Annual report on the health of the army in India
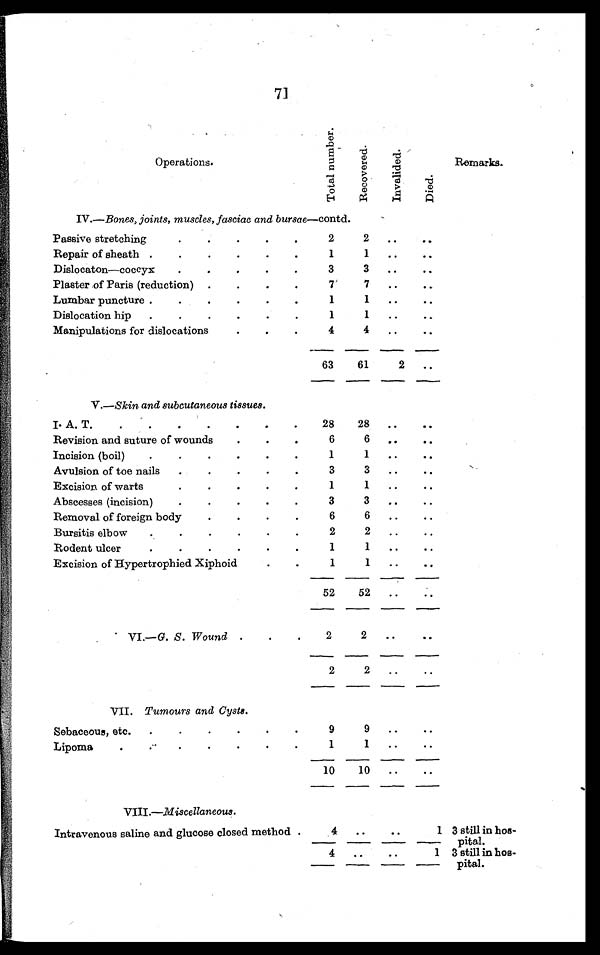
71
Operations.
T o t a l n u m b e r .
R e c o v e r e d .
I n v a l i d e d .
D i e d .
Remarks.
IV.—Bones, joints, muscles, fasciae and bursae—c o n t d .
Passive stretching . . .
2
2
. . .
. . .
Repair of sheath . . .
1
1
. . .
. . .
Dislocaton—coccyx . . .
3
3
. . .
. . .
Plaster of Paris (reduction) . . .
7
7
. . .
. . .
Lumbar puncture . . .
1
1
. . .
. . .
Dislocation hip . . .
1
1
. . .
. . .
Manipulations for dislocations . . .
4
4
. . .
. . .
63
61
2
. . .
V.—Skin and subcutaneous tissues.
I. A. T. . . .
28
28
. . .
. . .
Revision and suture of wounds . . .
6
6
. . .
. . .
Incision (boil) . . .
1
1
. . .
. . .
Avulsion of toe nails . . .
3
3
. . .
. . .
Excision of warts . . .
1
1
. . .
. . .
Abscesses (incision) . . .
3
3
. . .
. . .
Removal of foreign body . . .
6
6
. . .
. . .
Bursitis elbow . . .
2
2
. . .
. . .
Rodent ulcer . . .
1
1
. . .
. . .
Excision of Hypertrophied Xiphoid . . .
1
1
. . .
. . .
52
52
. . .
. . .
VI.—G. S. Wound . . .
2
2
. . .
. . .
2
2
. . .
. . .
VII. Tumours and Cysts.
Sebaceous, etc . . .
9
9
. . .
. . .
Lipoma . . .
1
1
. . .
. . .
10
10
. . .
. . .
VIII.—M i s c e l l a n e o u s .
Intravenous saline and glucose closed method . . .
4
. . .
. . .
1 3 still in hos
-pital.
4
. . .
. . .
1 3 still in hos
-pital.